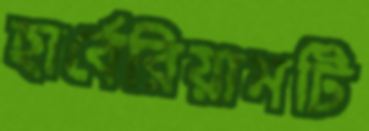
হার্বেরিয়ামটি